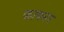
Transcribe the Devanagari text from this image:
फाक्नर